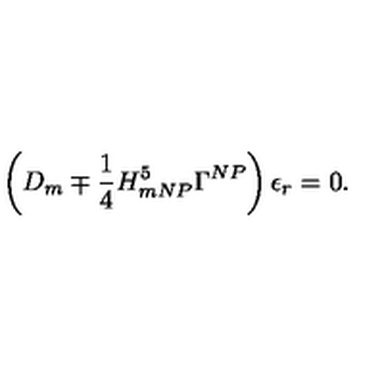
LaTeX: \left( D _ { m } \mp \frac { 1 } { 4 } H _ { m N P } ^ { 5 } \Gamma ^ { N P } \right) \epsilon _ { r } = 0 .